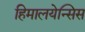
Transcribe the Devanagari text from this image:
हिमालयेन्सिस